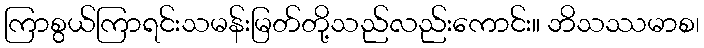
ကြာစွယ်ကြာရင်းသမန်းမြတ်တို့သည်လည်းကောင်း။ ဘိသဿမာစ၊